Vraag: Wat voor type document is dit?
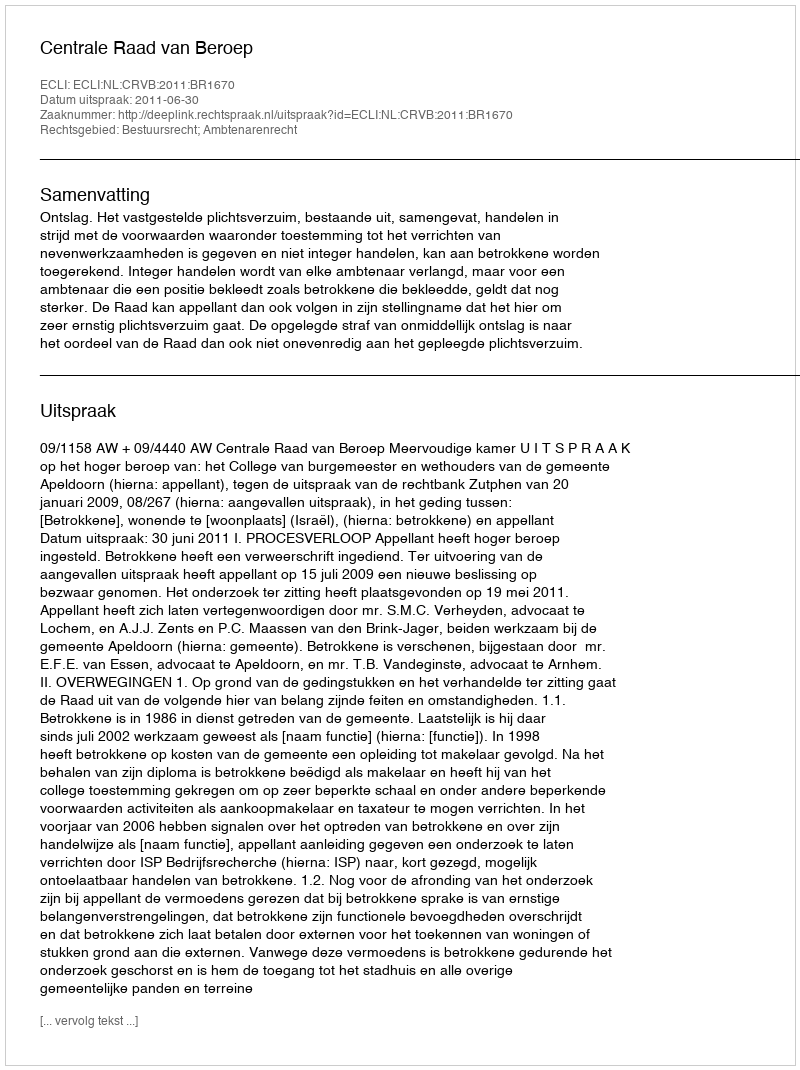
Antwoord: Uitspraak